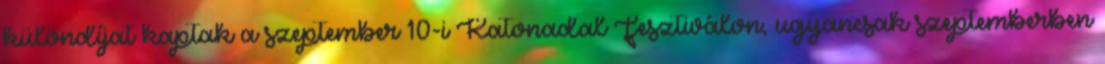
különdíjat kaptak a szeptember 10-i Katonadal Fesztiválon, ugyancsak szeptemberben